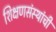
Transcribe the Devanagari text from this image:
शिक्षणसंस्थांची